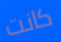
كانت